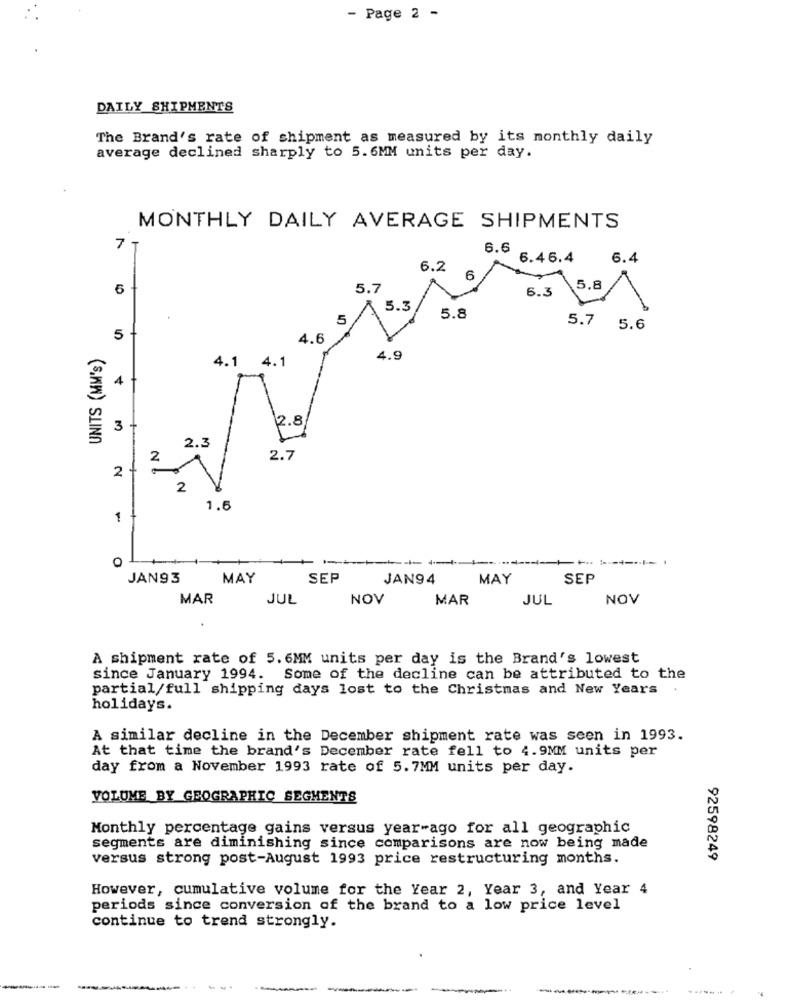
- Page 2 -
DAILY SHIPMENTS
The Brand's rate of shipment as measured by its monthly daily
average declined sharply to 5.6MM units per day.
MONTHLY DAILY AVERAGE SHIPMENTS
7 1
6.6
6.46.4
6.4
6.2
6
6
5.7
6.3
5.8
-
5.3
5
5.8
5.7 5.6
4.6
UNITS (MM's)
4.1 4.1
4.9
4 .
2.8
3 -
2.3
2
2.7
2 +
2
1.6
1
JAN93
MAY
SEP
JAN94
MAY
SEP
MAR
JUL
NOV
MAR
JUL
NOV
A shipment rate of 5.6MM units per day is the Brand's lowest
since January 1994. Some of the decline can be attributed to the
partial/full shipping days lost to the Christmas and New Years .
holidays.
A similar decline in the December shipment rate was seen in 1993.
At that time the brand's December rate fell to 4.9MM units per
day from a November 1993 rate of 5.7MM units per day.
VOLUME BY GEOGRAPHIC SEGMENTS
Monthly percentage gains versus year-ago for all geographic
segments are diminishing since comparisons are now being made
versus strong post-August 1993 price restructuring months.
92598249
However, cumulative volume for the Year 2, Year 3, and Year 4
periods since conversion of the brand to a low price level
continue to trend strongly.
-.......